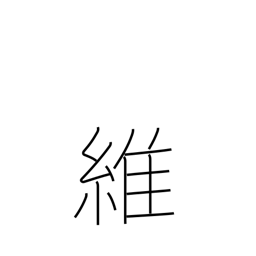
Meaning: rope